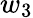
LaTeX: w_{3}